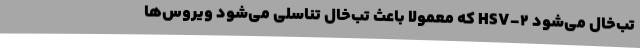
تب‌خال می‌شود HSV-2 که معمولاً باعث تب‌خال تناسلی می‌شود ویروس‌ها